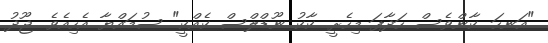
"އަނހަ. ކާންވެސް ހަދާފަ މިހެރީ. ކާކު ނޫޑްލްސް ކެއްކީ" ސުމައްޔާ އެހިއެވެ. ޖޫދު